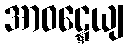
အာဝဋ္ဋေယျ